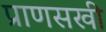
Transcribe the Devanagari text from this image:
प्राणसखी